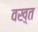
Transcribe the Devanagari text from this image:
वख़्त